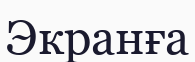
Экранға